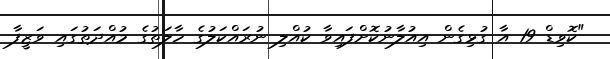
"ކޮވިޑް 19 އާ ގުޅިގެން އިއުލާނުކޮށްފައިވާ ކުއްލި ނުރައްކަލުގެ ހާލަތުގެ މުއްދަތުގައި ވަޒީފާ